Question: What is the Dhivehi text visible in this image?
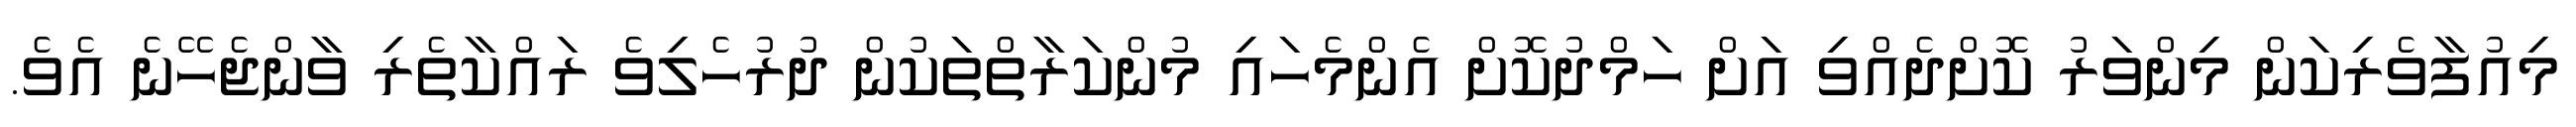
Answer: މިއުފާވެރިކަން މިންވަރު ކޮށްދެއްވި އަށް ހަމްދުކޮށް އެންމެހައި މުންކަރާތްތަކުން ދުރުހެލިވެ ރައްކާތެރި ވާންޖެހޭނެ އެވެ.